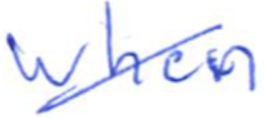
Text: when
Cross-out: diagonal
Writing tool: ballpoint